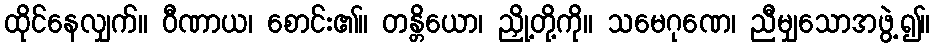
ထိုင်နေလျှက်။ ဝီဏာယ၊ စောင်း၏။ တန္တိယော၊ ညှို့တို့ကို။ သမေဂုဏေ၊ ညီမျှသောအဖွဲ့၍။